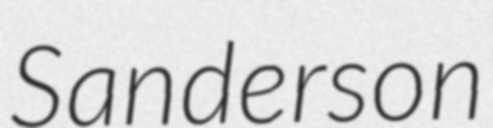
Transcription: Sanderson